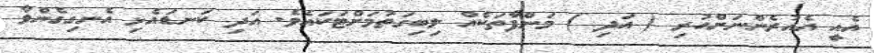
އެއީ އެއުރެންނަށްހުރި ( އަދި ) މަންފާތަކެއް ލިބިގަތުމަށްޓަކައެވެ. އަދި ކަނޑައެޅި އެނގިގެންވާ